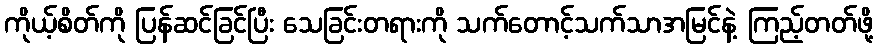
ကိုယ့်စိတ်ကို ပြန်ဆင်ခြင်ပြီး သေခြင်းတရားကို သက်တောင့်သက်သာအမြင်နဲ့ ကြည့်တတ်ဖို့